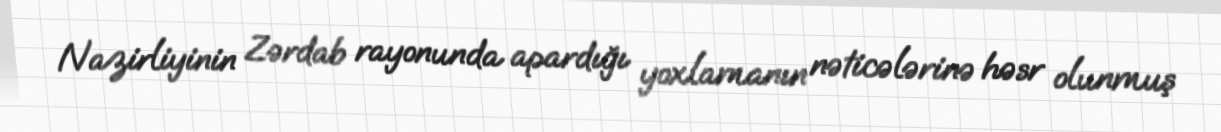
Nazirliyinin Zərdab rayonunda apardığı yoxlamanın nəticələrinə həsr olunmuş